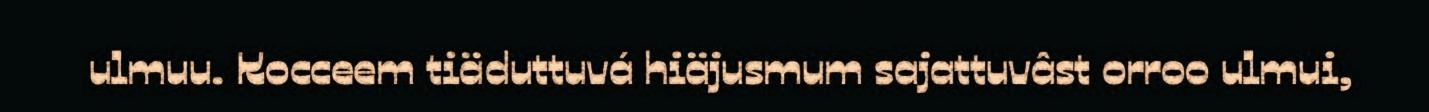
ulmuu. Kocceem tiäduttuvá hiäjusmum sajattuvâst orroo ulmui,